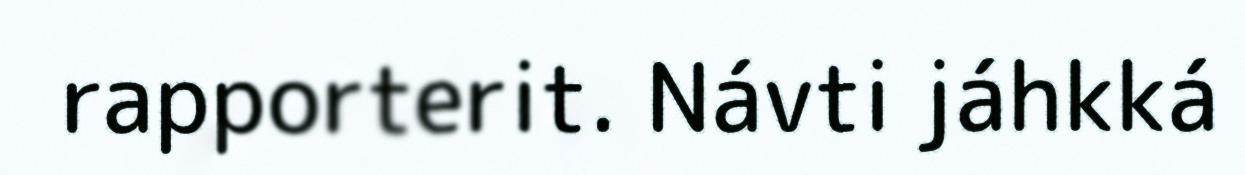
rapporterit. Návti jáhkká